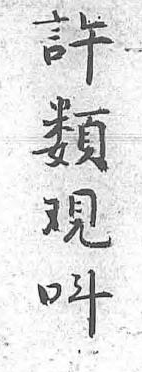
許類覌呌